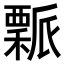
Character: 𥢝